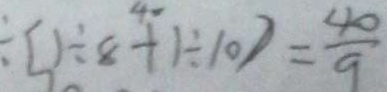
\div [ 1 \div 8 ^ { 4 0 } + 1 \div 1 0 ) = \frac { 4 0 } { 9 }